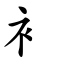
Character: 衤